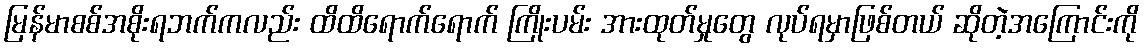
မြန်မာစစ်အစိုးရဘက်ကလည်း ထိထိရောက်ရောက် ကြိုးပမ်း အားထုတ်မှုတွေ လုပ်ရမှာဖြစ်တယ် ဆိုတဲ့အကြောင်းကို